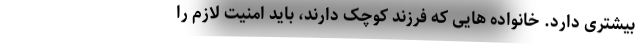
بیشتری دارد. خانواده هایی که فرزند کوچک دارند، باید امنیت لازم را